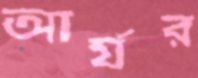
আর্যর